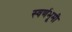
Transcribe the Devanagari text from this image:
स्वर्णभूमी